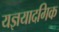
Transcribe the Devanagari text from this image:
यज्ञयादगिक